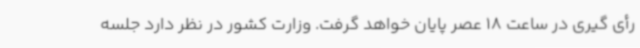
رأی گیری در ساعت 18 عصر پایان خواهد گرفت. وزارت کشور در نظر دارد جلسه